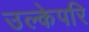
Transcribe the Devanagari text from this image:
उल्केपरि